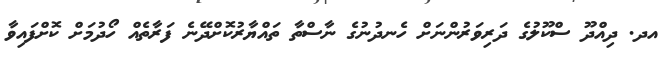
އދ. ދިއްދޫ ސްކޫލުގެ ދަރިވަރުންނަށް ހެނދުނުގެ ނާސްތާ ތައްޔާރުކޮށްދޭނެ ފަރާތެއް ހޯދުމަށް ކޮށްފައިވާ